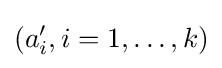
(a'_{i},i=1,\dots ,k)